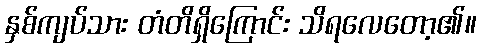
နှစ်ကျပ်သား တံတိရှိကြောင်း သိရလေတော့၏။